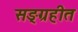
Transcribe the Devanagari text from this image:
सङ्ग्रहीत